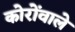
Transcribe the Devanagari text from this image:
कोरोंवाले